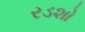
રડશો